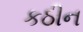
કઠીન